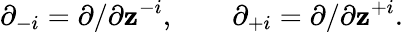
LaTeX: \partial_{-i}=\partial/\partial\mathbf{z}^{-i},\qquad\partial_{+i}=\partial/\partial\mathbf{z}^{+i}.